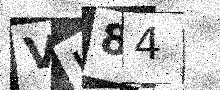
Text: VK84